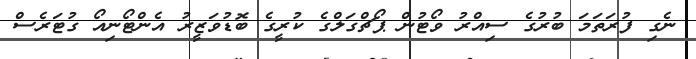
ނެގި ފުރަތަމަ ބުރުގެ ސިއްރު ވޯޓުން ޕޯޗްގަލްގެ ކުރީގެ ބޮޑުވަޒީރު އެންޓޯނިއޯ ގުޓަރެސް